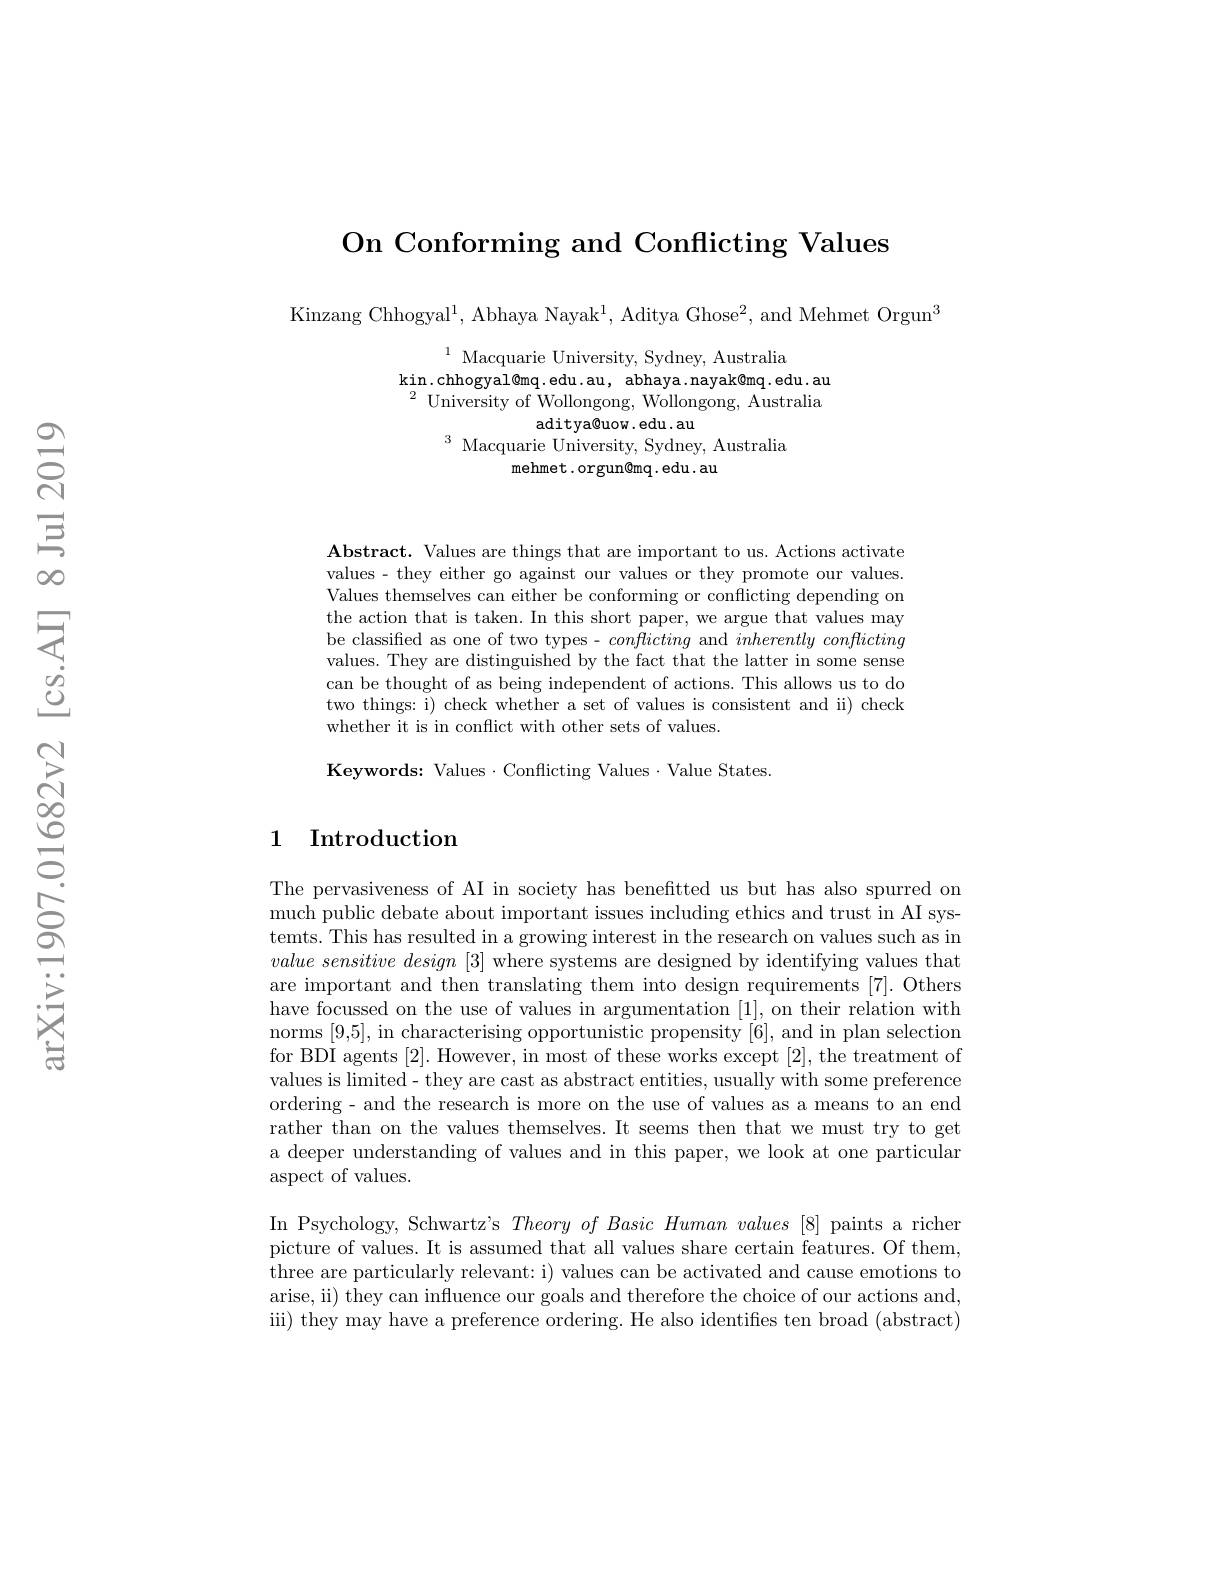
On Conforming and Conflicting Values

Kinzang Chhogyal$^1$, Abhaya Nayak$^1$, Aditya Ghose$^2$, and Mehmet Orgun$^3$

$^{1}$ Macquarie University, Sydney, Australia
kin. chhogyal@ mq. edu. au, abhaya. nayak@ mq. edu. au $^{2}{\mathrm{~University~of~Wollongong,~Wollongong,~Australia}}$
aditya@uow.edu.au
$^3$ Macquarie University, Sydney, Australia
mehmet.orgun@mq.edu.au

$\textbf{Abstract. Values are things that are important to us. Actions activate}$ values - they either go against our values or they promote our values. Values themselves can either be conforming or conflicting depending on the action that is taken. In this short paper, we argue that values may be classified as one of two types- conflicting and $inherently\textit{ conflicting}$ values. They are distinguished by the fact that the latter in some sense can be thought of as being independent of actions. This allows us to do two things: i) check whether a set of values is consistent and ii) check whether it is in conflict with other sets of values.

Keywords: Values·Conflicting Values·Value States.

## 1 Introduction

The pervasiveness of AI in society has benefitted us but has also spurred on much public debate about important issues including ethics and trust in AI systemts. This has resulted in a growing interest in the research on values such as in $value\textit{ sensitive design [ 3] where systems are designed by identifying values that}$ are important and then translating them into design requirements [7]. Others have focussed on the use of values in argumentation [1], on their relation with norms [9,5], in characterising opportunistic propensity [6], and in plan selection for BDI agents [2]. However, in most of these works except [2], the treatment of values is limited- they are cast as abstract entities, usually with some preference ordering- and the research is more on the use of values as a means to an end rather than on the values themselves. It seems then that we must try to get a deeper understanding of values and in this paper, we look at one particular aspect of values.

In Psychology, Schwartz's $Theory\textit{of Basic Human values [ 8] paints a richer}$ picture of values. It is assumed that all values share certain features. Of them, three are particularly relevant: i) values can be activated and cause emotions to arise, ii) they can influence our goals and therefore the choice of our actions and, iii) they may have a preference ordering. He also identifies ten broad (abstract)